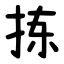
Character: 拣